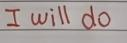
I will do